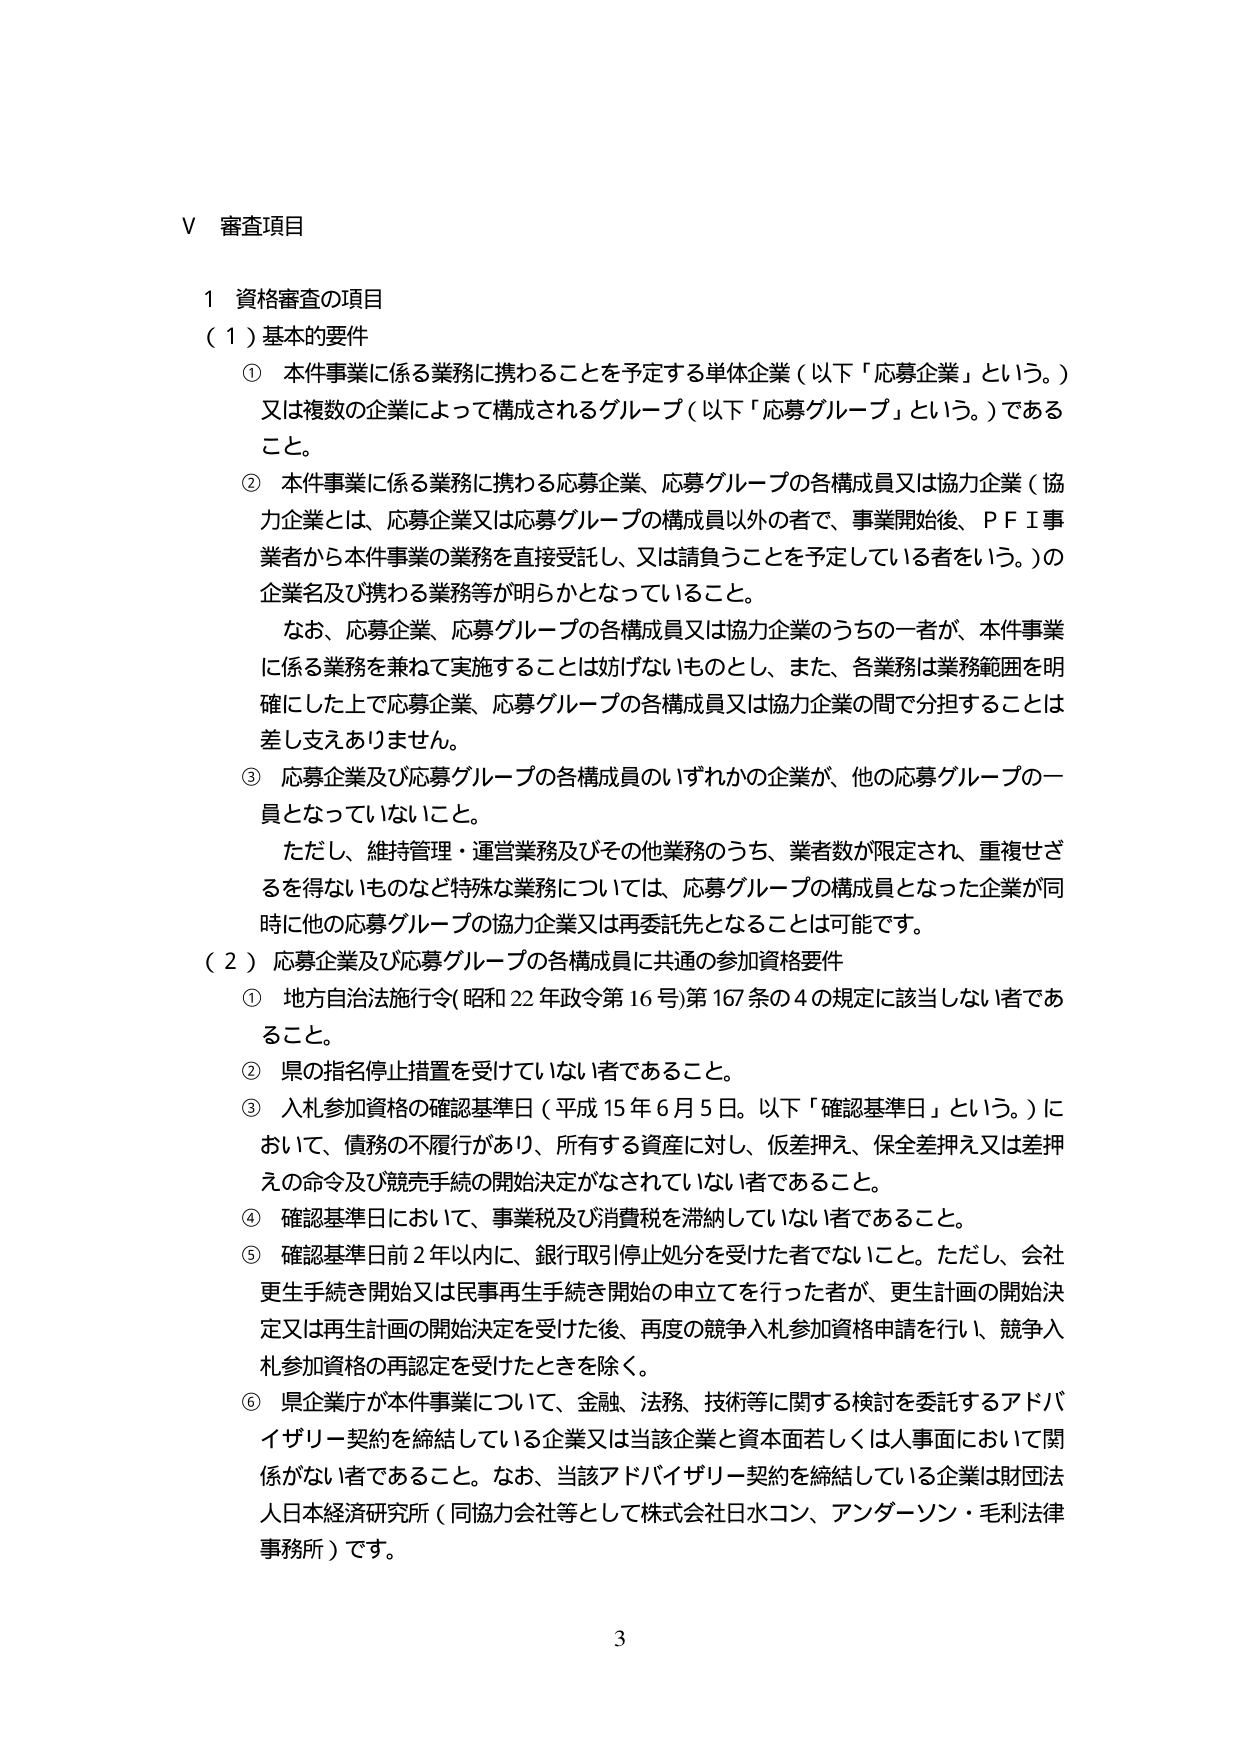
V 審査項目

1 資格審査の項目

（1）基本的要件

① 本件事業に係る業務に携わることを予定する単体企業（以下「応募企業」という。）又は複数の企業によって構成されるグループ（以下「応募グループ」という。）であること。

② 本件事業に係る業務に携わる応募企業、応募グループの各構成員又は協力企業（協力企業とは、応募企業又は応募グループの構成員以外の者で、事業開始後、ＰＦＩ事業者から本件事業の業務を直接受託し、又は請負うことを予定している者をいう。）の企業名及び携わる業務等が明らかとなっていること。

　　なお、応募企業、応募グループの各構成員又は協力企業のうちの一者が、本件事業に係る業務を兼ねて実施することは妨げないものとし、また、各業務は業務範囲を明確にした上で応募企業、応募グループの各構成員又は協力企業の間で分担することは差し支えありません。

③ 応募企業及び応募グループの各構成員のいずれかの企業が、他の応募グループの一員となっていないこと。

　　ただし、維持管理・運営業務及びその他業務のうち、業者数が限定され、重複せざるを得ないものなど特殊な業務については、応募グループの構成員となった企業が同時に他の応募グループの協力企業又は再委託先となることは可能です。

（2）応募企業及び応募グループの各構成員に共通の参加資格要件

① 地方自治法施行令（昭和22年政令第16号）第167条の4の規定に該当しない者であること。

② 県の指名停止措置を受けていない者であること。

③ 入札参加資格の確認基準日（平成15年6月5日。以下「確認基準日」という。）において、債務の不履行があり、所有する資産に対し、仮差押え、保全差押え又は差押えの命令及び競売手続の開始決定がなされていない者であること。

④ 確認基準日において、事業税及び消費税を滞納していない者であること。

⑤ 確認基準日前2年以内に、銀行取引停止処分を受けた者でないこと。ただし、会社更生手続を開始又は民事再生手続を開始の申立てを行った者が、更生計画の開始決定又は再生計画の開始決定を受けた後、再度の競争入札参加資格申請を行い、競争入札参加資格の再認定を受けたときを除く。

⑥ 県企業庁が本件事業について、金融、法務、技術等に関する検討を委託するアドバイザリー契約を締結している企業又は当該企業と資本面若しくは人事面において関係がない者であること。なお、当該アドバイザリー契約を締結している企業は財団法人日本経済研究所（同協力会社等として株式会社日水コン、アンダーソン・毛利法律事務所）です。

3